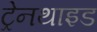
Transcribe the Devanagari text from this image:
ट्रेनथाइड